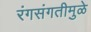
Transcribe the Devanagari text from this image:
रंगसंगतीमुळे